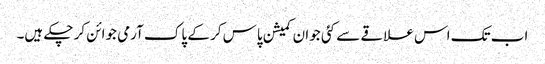
اب تک اس علاقے سے کئی جوان کمیشن پاس کر کے پاک آرمی جوائن کر چکے ہیں۔